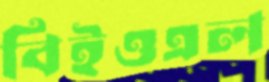
বিইওএল